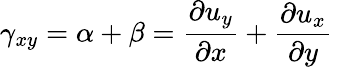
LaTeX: \gamma_{xy}=\alpha+\beta={\frac{\partial u_{y}}{\partial x}}+{\frac{\partial u_{x}}{\partial y}}\,